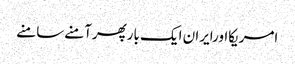
امریکااورایران ایک بارپھرآمنےسامنے